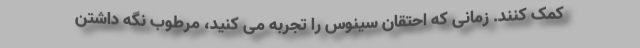
کمک کنند. زمانی که احتقان سینوس را تجربه می کنید، مرطوب نگه داشتن